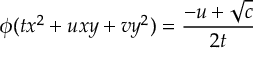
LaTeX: \phi ( t x ^ { 2 } + u x y + v y ^ { 2 } ) = { \frac { - u + { \sqrt { c } } } { 2 t } }